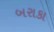
બરાકા